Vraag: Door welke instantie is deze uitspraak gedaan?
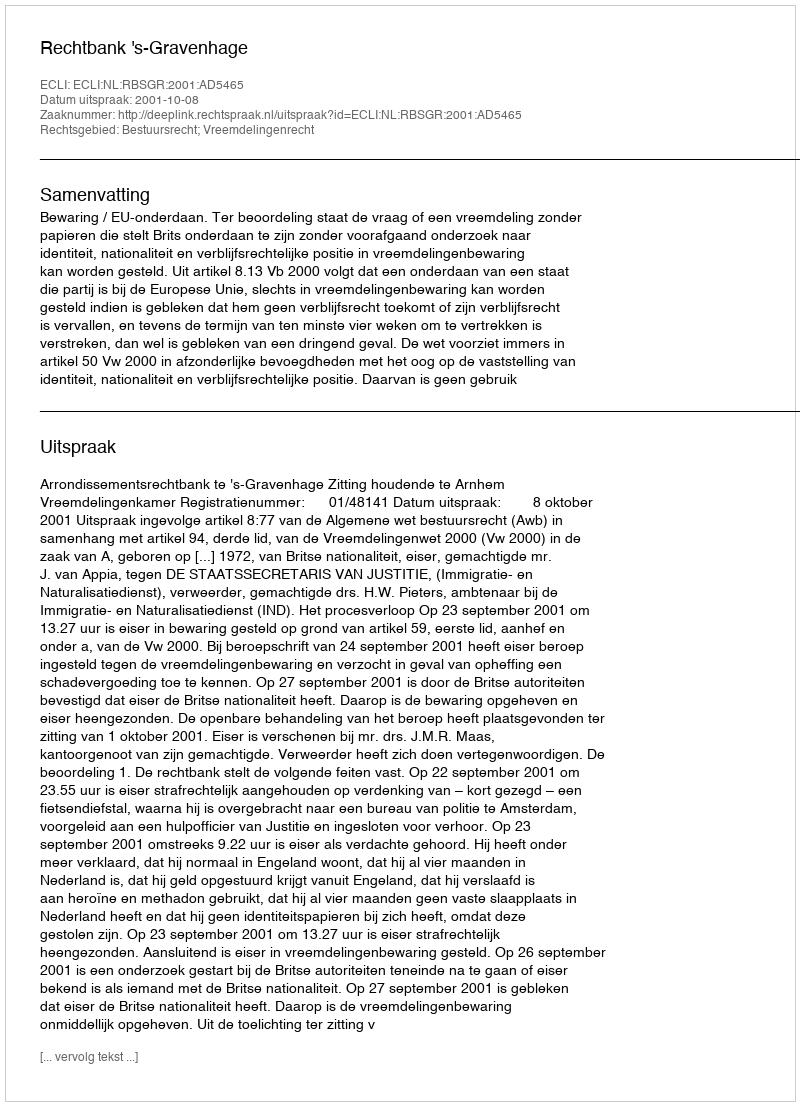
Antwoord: Rechtbank 's-Gravenhage